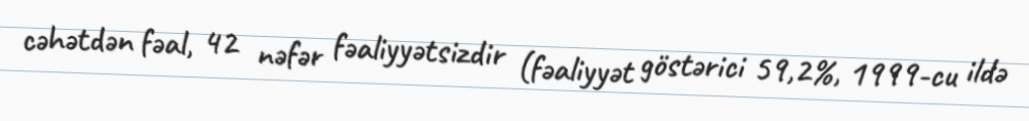
cəhətdən fəal, 42 nəfər fəaliyyətsizdir (fəaliyyət göstərici 59,2%, 1999-cu ildə